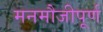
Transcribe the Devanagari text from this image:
मनमौजीपूर्ण